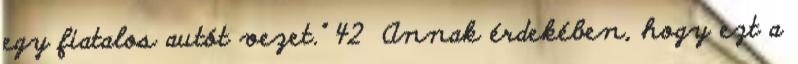
egy fiatalos autót vezet." 42 Annak érdekében, hogy ezt a